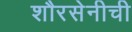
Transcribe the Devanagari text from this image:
शौरसेनीची